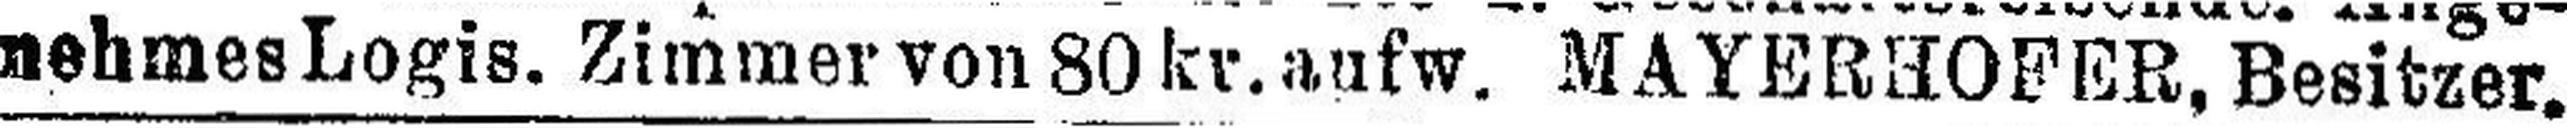
nehmes Logis. Zimmer von 80 kr. aufw. MAYERHOFER, Besitzer.